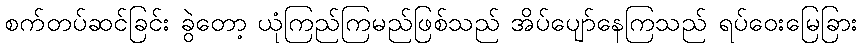
စက်တပ်ဆင်ခြင်း ခွဲတော့ ယုံကြည်ကြမည်ဖြစ်သည် အိပ်ပျော်နေကြသည် ရပ်ဝေးမြေခြား